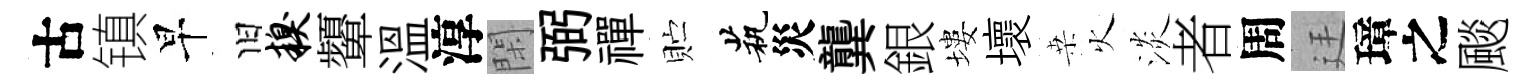
古镇早旧糗顰温淳閑弼禪贮茕災龔銀塿壞桒火淡者周廷璋之颷